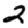
Digit: 2